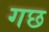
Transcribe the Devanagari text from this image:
गछ